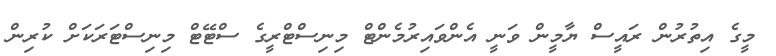
މީގެ އިތުރުން ރައީސް ޔާމީން ވަނީ އެންވައިރުމެންޓް މިނިސްޓްރީގެ ސްޓޭޓް މިނިސްޓަރަކަށް ކުރިން